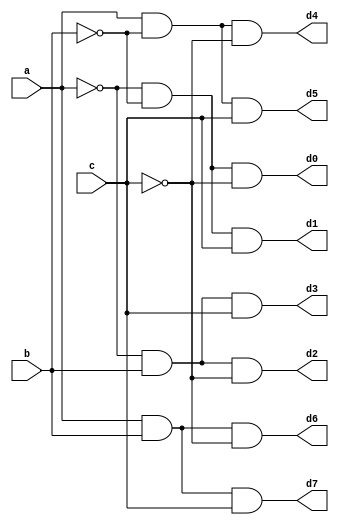
`timescale 1ns / 1ps
//////////////////////////////////////////////////////////////////////////////////
// Company: 
// Engineer: 
// 
// Design Name: 
// Module Name:    decoder 
// Project Name: 
// Target Devices: 
// Tool versions: 
// Description: 
//
// Dependencies: 
//
// Revision: 
// Revision 0.01 - File Created
// Additional Comments: 
//
//////////////////////////////////////////////////////////////////////////////////
module decoder(a,b,c,d0,d1,d2,d3,d4,d5,d6,d7);
    input a;
    input b;
    input c;
    output d0;
    output d1;
    output d2;
    output d3;
    output d4;
    output d5;
    output d6;
    output d7;
    assign d0=(~a&~b&~c);
	 assign d1=(~a&~b&c);
	 assign d2=(~a&b&~c);
	 assign d3=(~a&b&c);
	 assign d4=(a&~b&~c);
	 assign d5=(a&~b&c);
	 assign d6=(a&b&~c);
	 assign d7=(a&b&c);
	
















endmodule